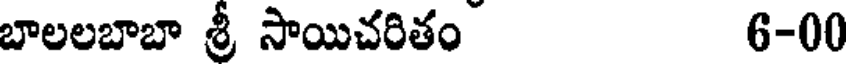
బాలలబాబా శ్రీ సాయిచరితం 6-00